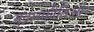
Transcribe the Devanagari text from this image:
मुद्रास्फीतिऔर